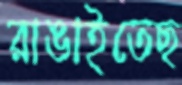
রাঙাইতেছ